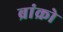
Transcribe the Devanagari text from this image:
ब्रांक्रो